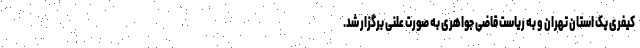
کیفری یک استان تهران و به ریاست قاضی جواهری به صورت علنی برگزار شد.